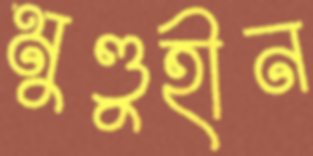
মুণ্ডুহীন